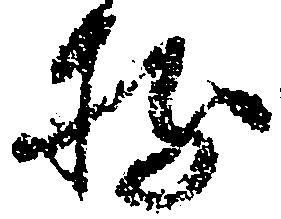
持